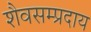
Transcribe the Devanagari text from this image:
शैवसम्प्रदाय